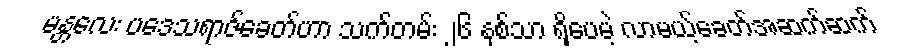
မန္တလေး ပဒေသရာဇ်ခေတ်ဟာ သက်တမ်း ၂၆ နှစ်သာ ရှိပေမဲ့ လာမယ့်ခေတ်အဆက်ဆက်